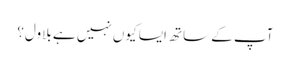
آپ کے ساتھ ایسا کیوں نہیں ہے بلاول؟